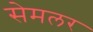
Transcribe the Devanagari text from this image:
सेमलर